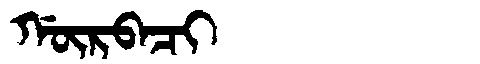
Manchu: ᡤᡡᡵᠪᠠᠴᡳ
Romanization: GŪRBACI